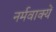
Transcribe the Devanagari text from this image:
नर्मवाक्यें